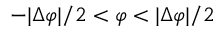
- | \Delta \varphi | / 2 < \varphi < | \Delta \varphi | / 2